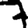
Digit: 7